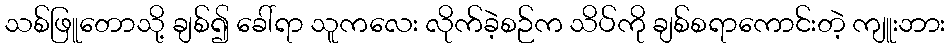
သစ်ဖြူတောသို့ ချစ်၍ ခေါ်ရာ သူကလေး လိုက်ခဲ့စဉ်က သိပ်ကို ချစ်စရာကောင်းတဲ့ ကျူးဘား